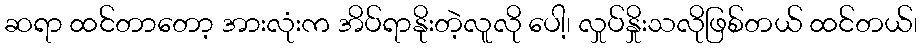
ဆရာ ထင်တာတော့ အားလုံးက အိပ်ရာနိုးတဲ့လူလို ပေါ့၊ လှုပ်နှိုးသလိုဖြစ်တယ် ထင်တယ်၊